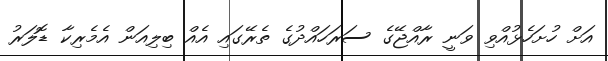
އަށް ހުށަހެޅުއްވި ވަނީ ރާއްޖޭގެ ސަރަހައްދުގެ ތެރޭގައި އެއް ބިލިއަން އެމެރިކާ ޑޮލަރު